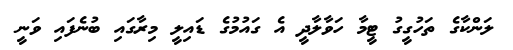
ލަންކާގެ ތަހުގީގު ޓީމާ ހަވާލާދީ އެ ގައުމުގެ ޑައިލީ މިރާގައި ބުނެފައި ވަނީ